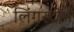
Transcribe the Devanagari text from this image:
लिंगस्टोन